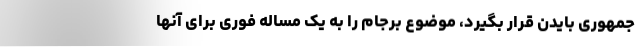
جمهوری بایدن قرار بگیرد، موضوع برجام را به یک مساله فوری برای آنها